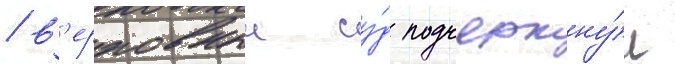
/ в'ерховныи су́д подчеркну́л